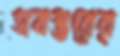
সবস্তরের